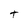
Character: t